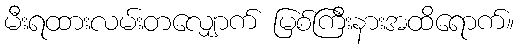
မီးရထားလမ်းတလျှောက် မြစ်ကြီးနားအထိရောက်။